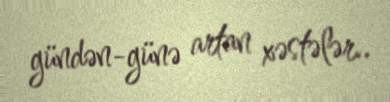
gündən-günə artan xəstələr..